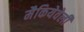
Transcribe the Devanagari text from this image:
मैकियेवेली